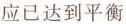
应已达到平衡